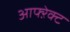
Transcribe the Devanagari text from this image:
आफ्ऱेक्ट